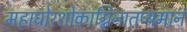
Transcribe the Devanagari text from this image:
महाघोरशोकाग्निनातप्यमानं